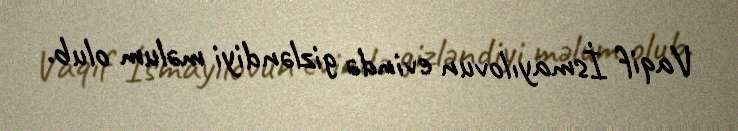
Vaqif İsmayılovun evində gizləndiyi məlum olub.